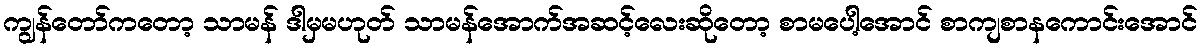
ကျွန်တော်ကတော့ သာမန် ဒါမှမဟုတ် သာမန်အောက်အဆင့်လေးဆိုတော့ စာမပေါ့အောင် စာကျစာနကောင်းအောင်